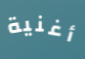
أغنية